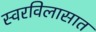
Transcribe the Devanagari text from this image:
स्वरविलासात